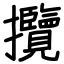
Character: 攬